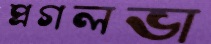
প্রগলভা